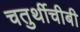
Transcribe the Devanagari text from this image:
चतुर्थीचीबी